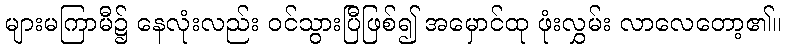
များမကြာမီ၌ နေလုံးလည်း ဝင်သွားပြီဖြစ်၍ အမှောင်ထု ဖုံးလွှမ်း လာလေတော့၏။